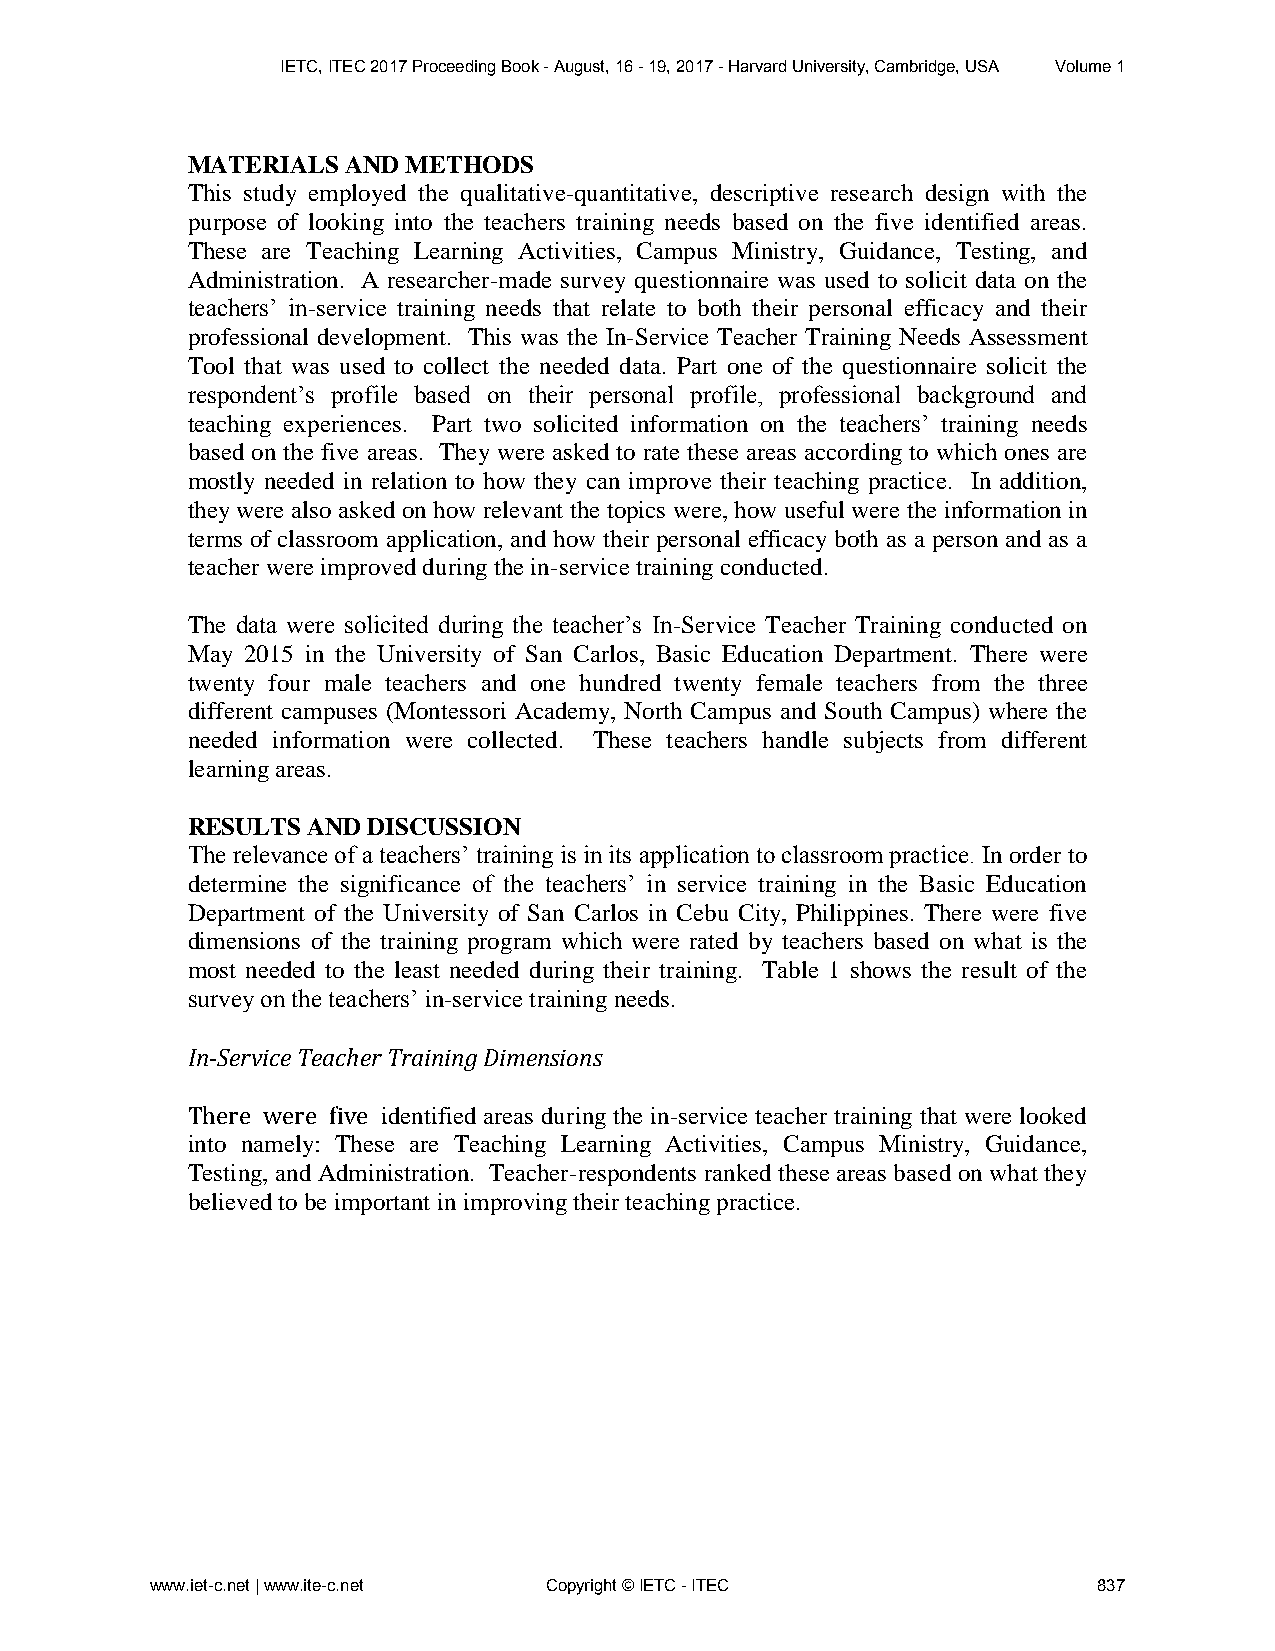
IETC, ITEC 2017 Proceeding Book - August, 16 - 19, 2017 - Harvard University, Cambridge, USA Volume 1
 MATERIALS  AND METHODS
 This study employed the qualitative-quantitative, descriptive research design with the
 purpose of looking into the teachers training needs based on the five identified areas.
 These are Teaching Learning Activities, Campus Ministry, Guidance, Testing, and
 Administration. A researcher-made survey questionnaire was used to solicit data on the
 teachers’ in-service training needs that relate to both their personal efficacy and their
 professional development. This was the In-Service Teacher Training Needs Assessment
 Tool that was used to collect the needed data. Part one of the questionnaire solicit the
 respondent’s profile based on their personal profile, professional background and
 teaching experiences. Part two solicited information on the teachers’ training needs
 based on the five areas. They were asked to rate these areas according to which ones are
 mostly needed in relation to how they can improve their teaching practice. In addition,
 they were also asked on how relevant the topics were, how useful were the information in
 terms of classroom application, and how their personal efficacy both as a person and as a
 teacher were improved during the in-service training conducted.
 The data were solicited during the teacher’s In-Service Teacher Training conducted on
 May 2015 in the University of San Carlos, Basic Education Department. There were
 twenty four male teachers and one hundred twenty female teachers from the three
 different campuses (Montessori Academy, North Campus and South Campus) where the
 needed information were collected. These teachers handle subjects from different
 learning areas.
 RESULTS AND DISCUSSION
 The relevance of a teachers’ training is in its application to classroom practice. In order to
 determine the significance of the teachers’ in service training in the Basic Education
 Department of the University of San Carlos in Cebu City, Philippines. There were five
 dimensions of the training program which were rated by teachers based on what is the
 most needed to the least needed during their training. Table 1 shows the result of the
 survey on the teachers’ in-service training needs.
 In-Service Teacher Training Dimensions
 There were five identified areas during the in-service teacher training that were looked
 into namely: These are Teaching Learning Activities, Campus Ministry, Guidance,
 Testing, and Administration. Teacher-respondents ranked these areas based on what they
 believed to be important in improving their teaching practice.
 www.iet-c.net | www.ite-c.net Copyright © IETC - ITEC          837